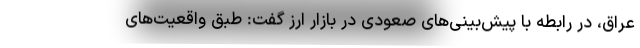
عراق، در رابطه با پیش‌بینی‌های صعودی در بازار ارز گفت: طبق واقعیت‌های